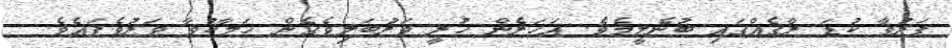
ފަރުވާ ކުޑަ ރާގެއްގައި ބުނެލީމެވެ. އަހަރެން ހުރީ ވަރުބަލިވެގެން ހަލާކުވާ ވަރުވެފައެވެ.